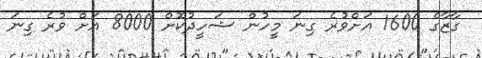
ގާޒާގެ 1600 އަށްވުރެ ގިނަ މީހުން ޝަހީދުކޮށް 8000 އަށް ވުރެ ގިނަ